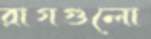
রাগগুলো